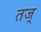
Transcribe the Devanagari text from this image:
तज्